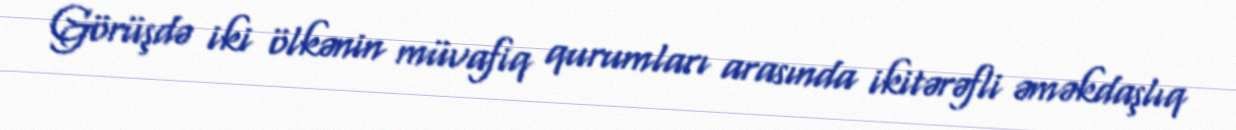
Görüşdə iki ölkənin müvafiq qurumları arasında ikitərəfli əməkdaşlıq